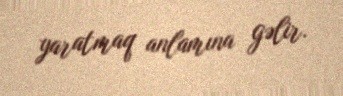
yaratmaq anlamına gəlir.